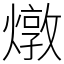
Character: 燉